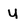
Character: U